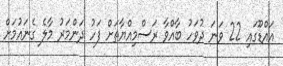
އައްޑޫގައި 22 ވަނަ ދުވަހު ބާއްވާ ރަސްމިއްޔާތަށް ފަހު ދަންމަރު މާލެ ގެނައުމަށް